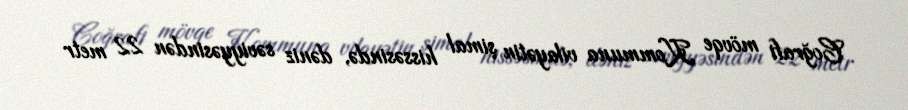
Coğrafi mövqe Kommuna vilayətin şimal hissəsində, dəniz səviyyəsindən 22 metr